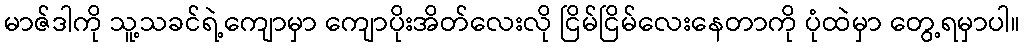
မာဇ်ဒါကို သူ့သခင်ရဲ့ကျောမှာ ကျောပိုးအိတ်လေးလို ငြိမ်ငြိမ်လေးနေတာကို ပုံထဲမှာ တွေ့ရမှာပါ။